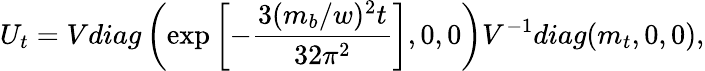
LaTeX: U_{t}=Vdiag\left(\exp\left[-\frac{3(m_{b}/w)^{2}t}{32\pi^{2}}\right],0,0\right)V^{-1}diag(m_{t},0,0),